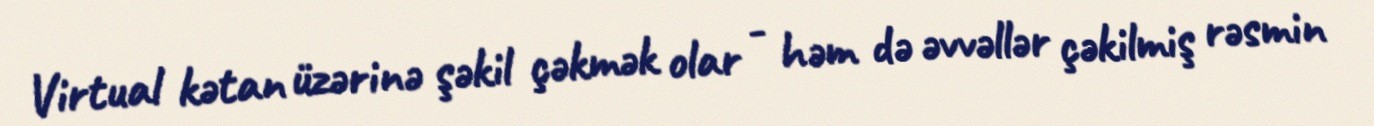
Virtual kətan üzərinə şəkil çəkmək olar - həm də əvvəllər çəkilmiş rəsmin